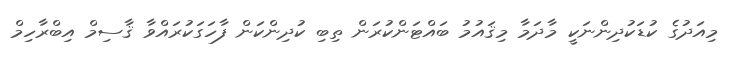
މިއަދުގެ ކުޑަކުދިންނަކީ މާދަމާ މިޤައުމު ބައްޓަންކުރަން ތިބި ކުދިންކަން ފާހަގަކުރައްވާ ޤާސިމް އިބްރާހިމް